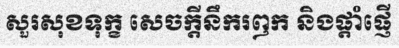
សួរសុខទុក្ខ សេចក្តីនឹករឭក និងផ្តាំផ្ញើ